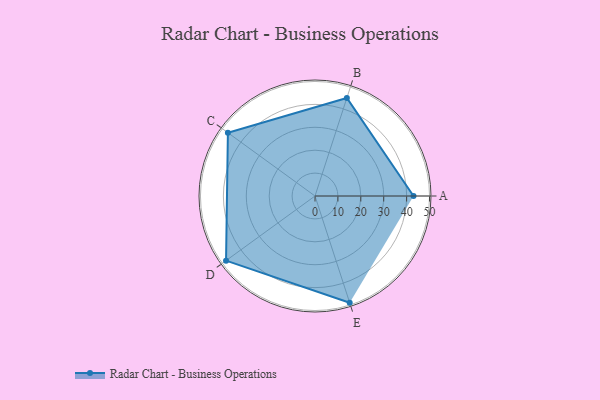
{"axis": {"x": "Skill", "y": "Score"}, "legend": ["Profile"], "data": [{"x": "A", "y": 43.0, "type": "Profile"}, {"x": "B", "y": 45.0, "type": "Profile"}, {"x": "C", "y": 47.0, "type": "Profile"}, {"x": "D", "y": 48.0, "type": "Profile"}, {"x": "E", "y": 49.0, "type": "Profile"}]}